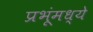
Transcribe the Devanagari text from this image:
प्रभूंमध्ये